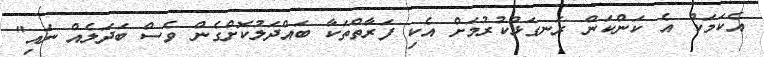
އެކަމަކު އެ ކަންކަން ރަނގަޅުކުރުމަށް އެކި ފަރާތްތަކާ ބައްދަލުކޮށްގެން ވެސް ބަދަލެއް ނައި"